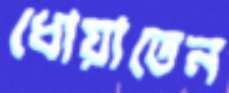
ধোয়াতেন